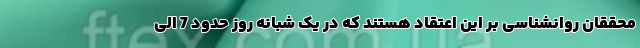
محققان روانشناسی بر این اعتقاد هستند که در یک شبانه روز حدود 7 الی